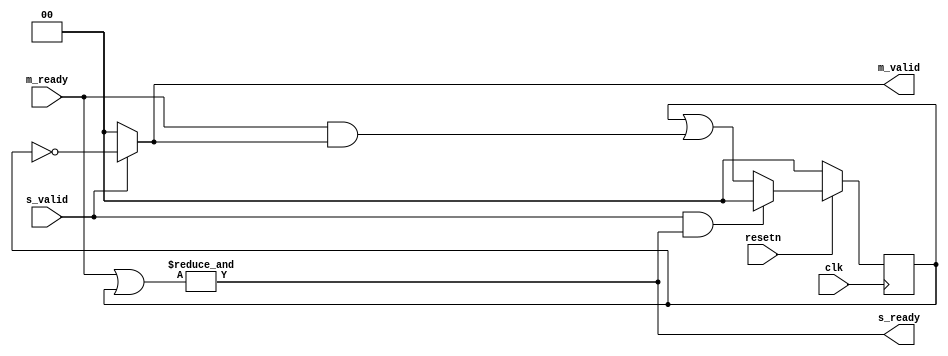
module splitter (
  input clk,
  input resetn,

  input s_valid,
  output s_ready,

  output [NUM_M-1:0] m_valid,
  input [NUM_M-1:0] m_ready
);

parameter NUM_M = 2;

reg [NUM_M-1:0] acked;

assign s_ready = &(m_ready | acked);
assign m_valid = s_valid ? ~acked : {NUM_M{1'b0}};

always @(posedge clk)
begin
  if (resetn == 1'b0) begin
    acked <= {NUM_M{1'b0}};
  end else begin
    if (s_valid & s_ready)
      acked <= {NUM_M{1'b0}};
    else
      acked <= acked | (m_ready & m_valid);
  end
end

endmodule